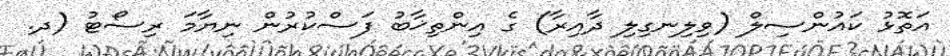
އަތޮޅު ކައުންސިލް (ވިލިނގިލި ދާއިރާ) ގެ އިންތިޚާބު ފަސްކުރުން ނިޔާމަ ރިސޯޓު (ދ.